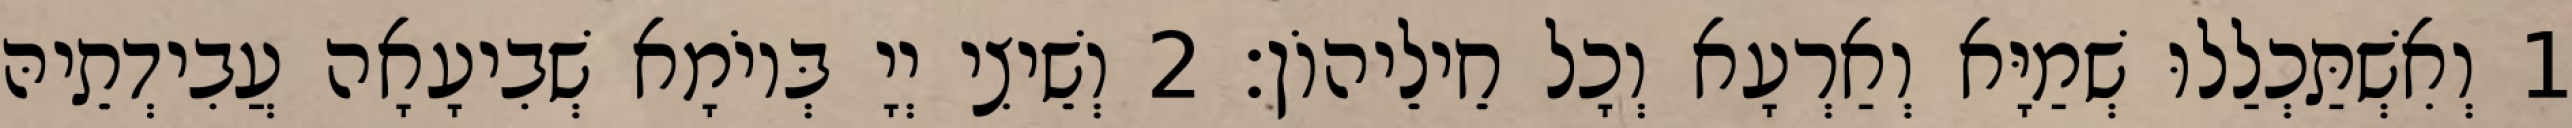
1 וְאִשְׁתַּכְלַלוּ שְׁמַיָּא וְאַרְעָא וְכָל חֵילֵיהוֹן׃ 2 וְשֵׁיצִי יְיָ בְּיוֹמָא שְׁבִיעָאָה עֲבִידְתֵיהּ